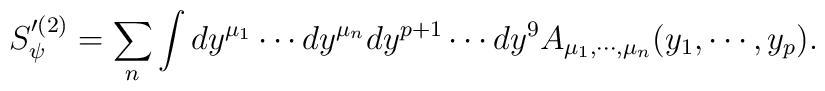
S'^{(2)}_{\psi} = \sum_{n} \int dy^{\mu_{1}} \cdots dy^{\mu_{n}} dy^{p+1}\cdots dy^{9} A_{\mu_{1}, \cdots, \mu_{n}} (y_{1}, \cdots, y_{p}).